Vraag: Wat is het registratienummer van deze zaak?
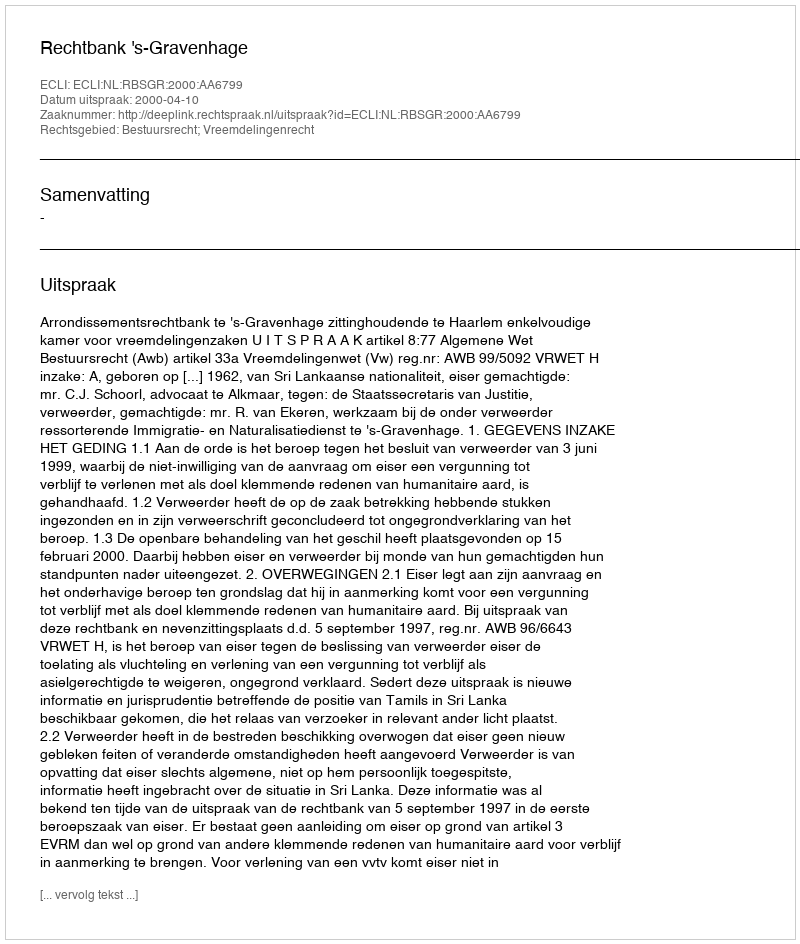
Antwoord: http://deeplink.rechtspraak.nl/uitspraak?id=ECLI:NL:RBSGR:2000:AA6799